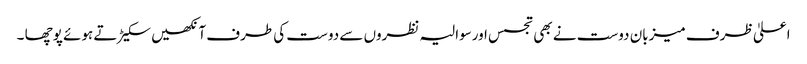
اعلیٰ ظرف میزبان دوست نے بھی تجسس اورسوالیہ نظروں سے دوست کی طرف آنکھیں سکیڑ تے ہوئے پوچھا ۔